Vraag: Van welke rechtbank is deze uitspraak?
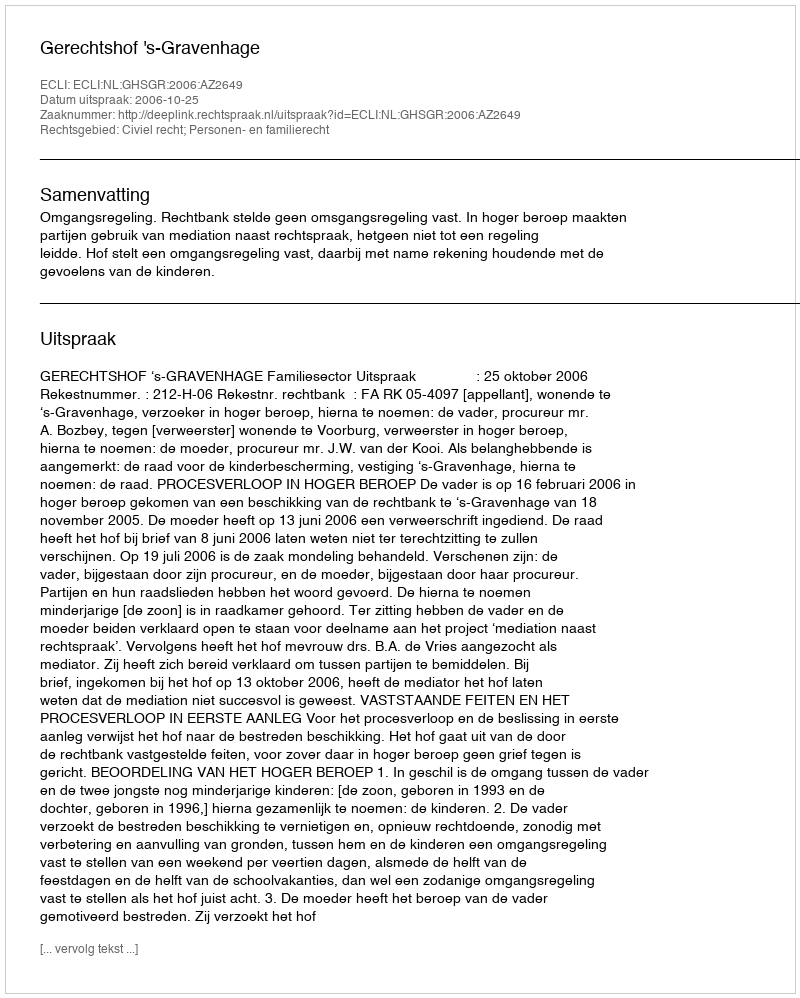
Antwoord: Gerechtshof 's-Gravenhage